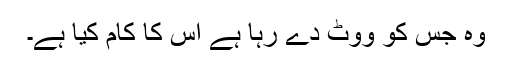
وہ جس کو ووٹ دے رہا ہے اس کا کام کیا ہے۔